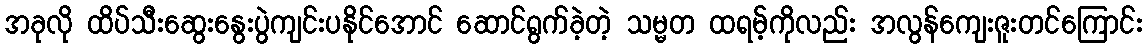
အခုလို ထိပ်သီးဆွေးနွေးပွဲကျင်းပနိုင်အောင် ဆောင်ရွက်ခဲ့တဲ့ သမ္မတ ထရမ့်ကိုလည်း အလွန်ကျေးဇူးတင်ကြောင်း